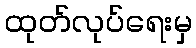
ထုတ်လုပ်ရေးမှ